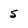
Character: S